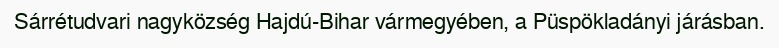
Sárrétudvari nagyközség Hajdú-Bihar vármegyében, a Püspökladányi járásban.